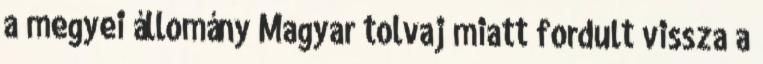
a megyei állomány Magyar tolvaj miatt fordult vissza a